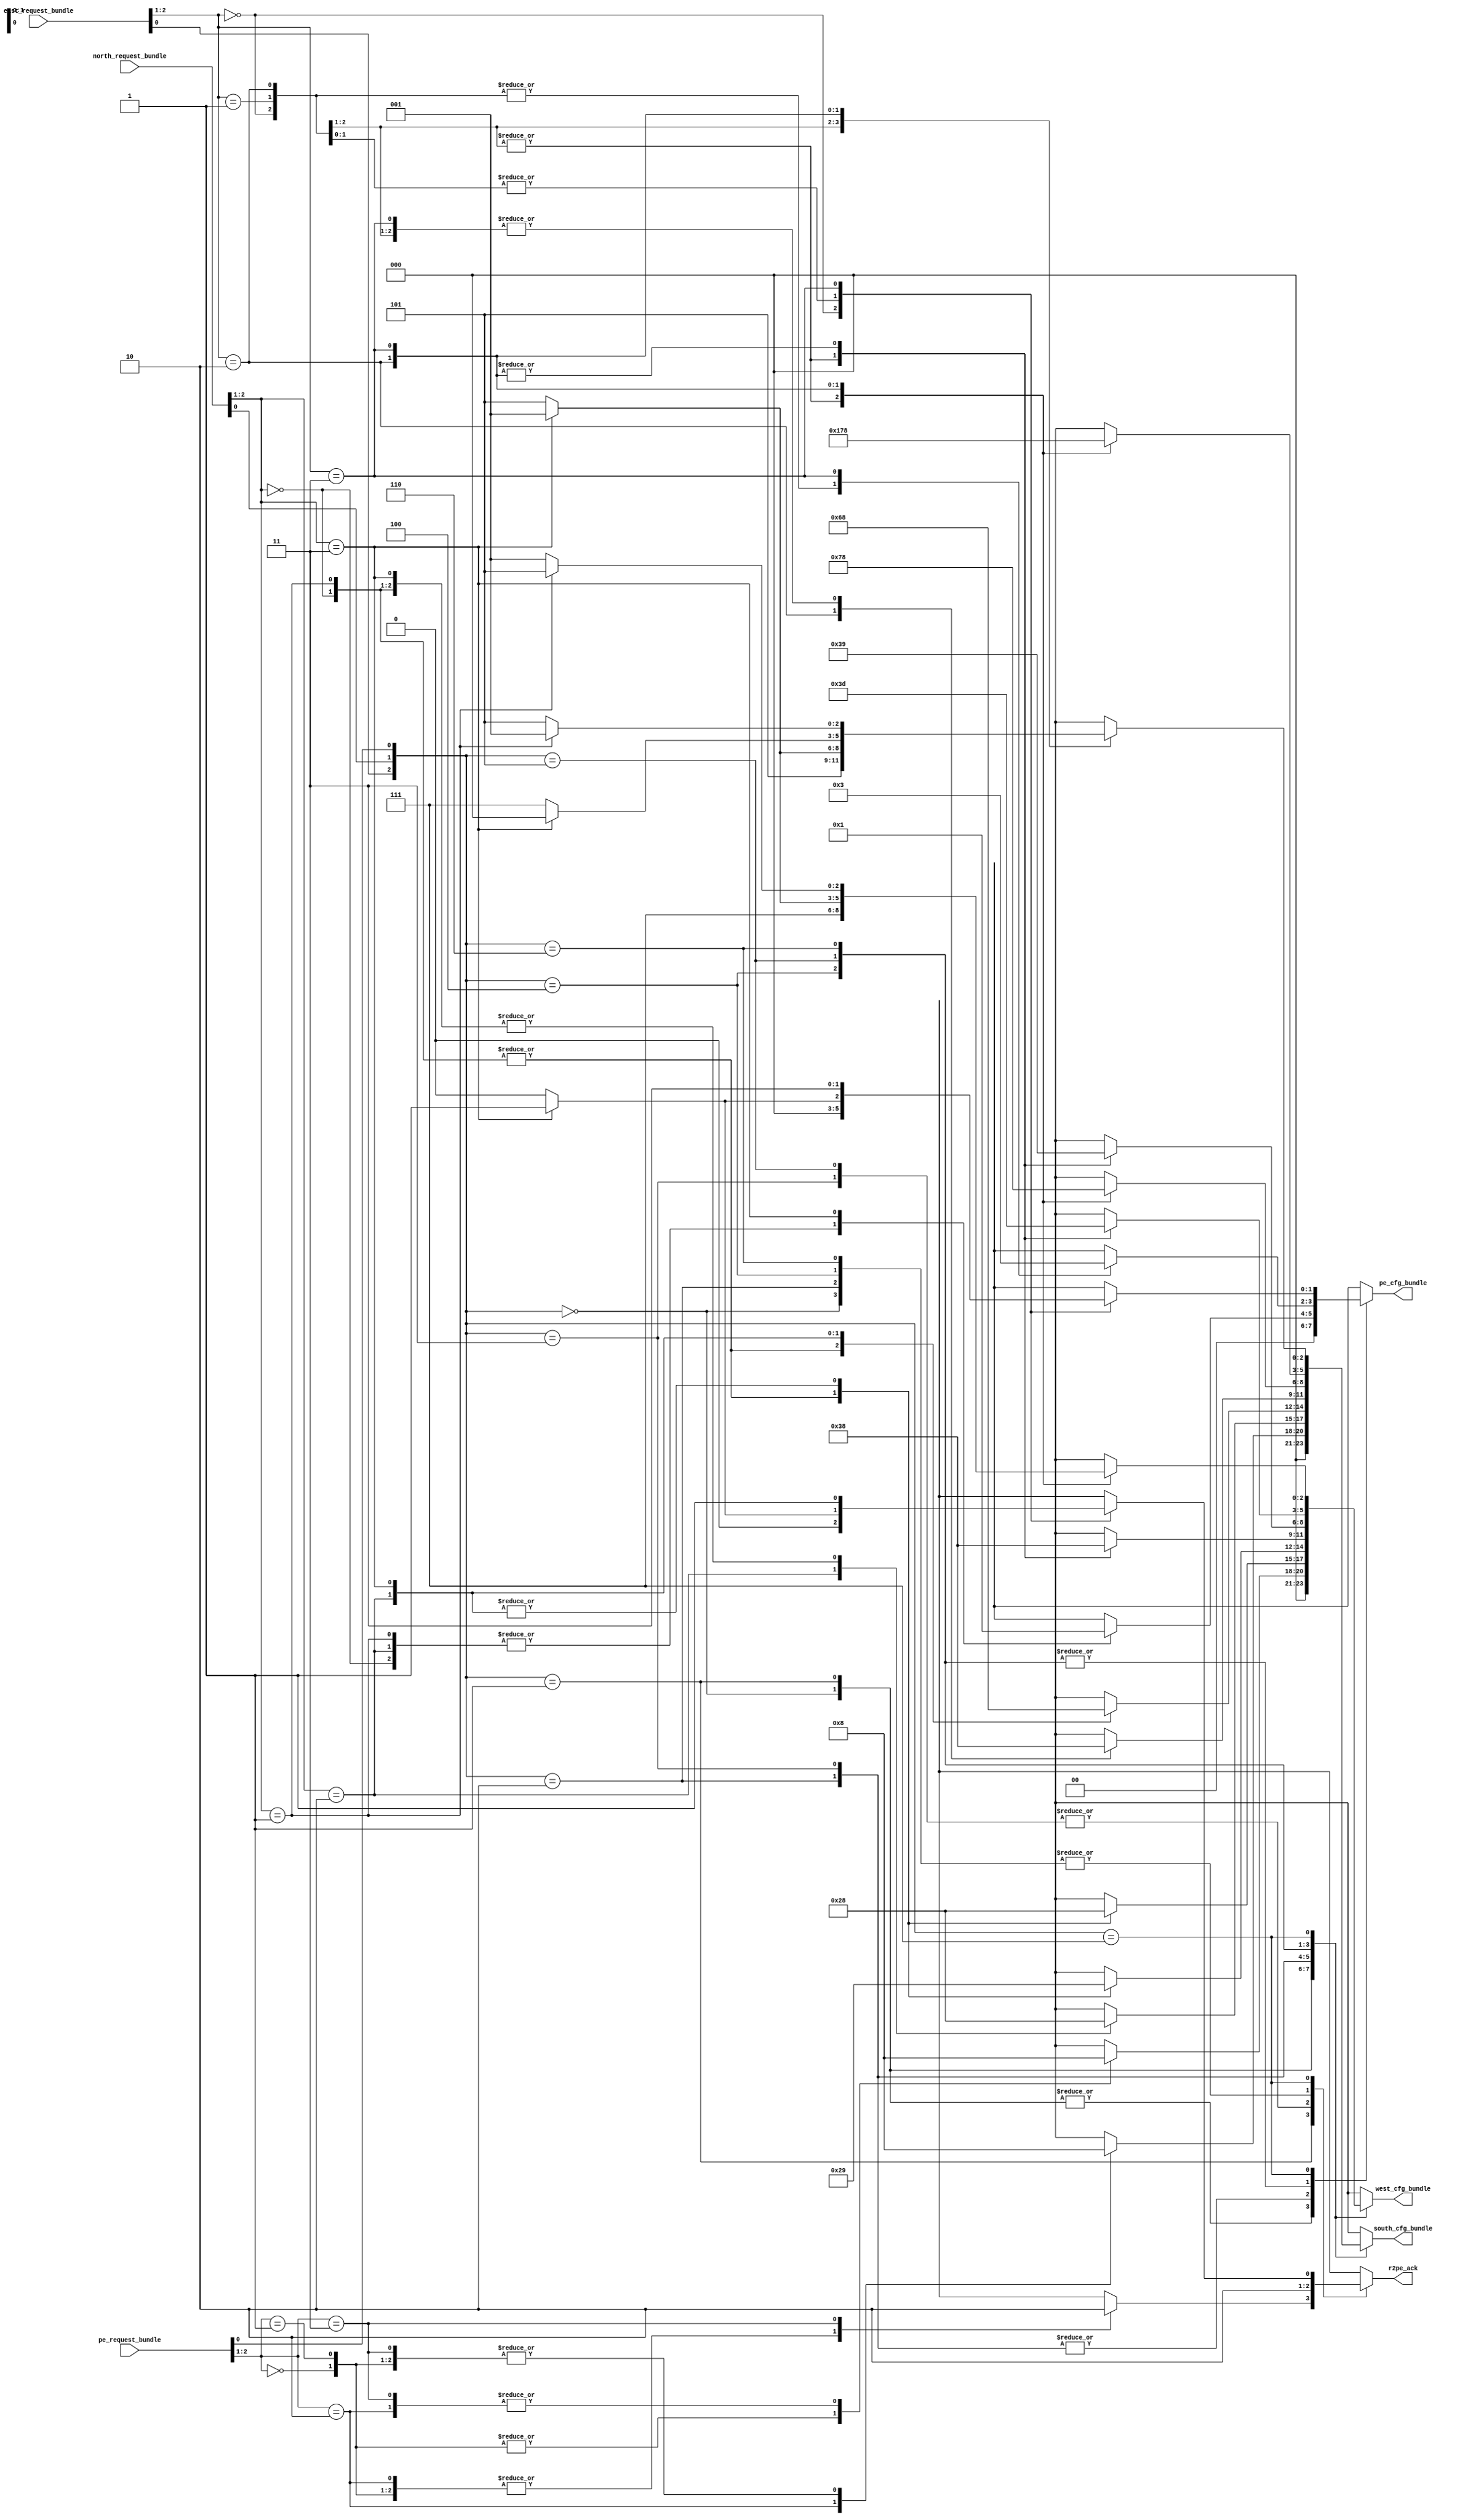
module arbitro (
    input wire [2:0] pe_request_bundle,
    input wire [2:0] north_request_bundle,
    input wire [2:0] east_request_bundle,
    output reg [1:0] pe_cfg_bundle,
    output reg [2:0] south_cfg_bundle,
    output reg [2:0] west_cfg_bundle,
    output reg      r2pe_ack
  );
  localparam  MUX_EAST  = 3'b111;
  localparam  MUX_NORTH = 3'b101;
  localparam  MUX_PE    = 3'b001;
  localparam  MUX_NULL  = 3'b000;
  localparam  PE_NULL   = 2'b00;
  wire [2:0] request_vector;
  assign request_vector = {east_request_bundle[0], north_request_bundle[0], pe_request_bundle[0]};
always @(*)
  begin
  west_cfg_bundle  = MUX_NULL;
  south_cfg_bundle = MUX_NULL;
  pe_cfg_bundle    = PE_NULL;
  r2pe_ack         = 1'b0;
    case (request_vector)
      3'b000: 
        begin
        end
      3'b001: 
        begin
          r2pe_ack = 1'b1;
          case (pe_request_bundle[2:1])
            2'b00:  west_cfg_bundle  = MUX_PE;    
            2'b01:  west_cfg_bundle  = MUX_PE;    
            2'b10:  south_cfg_bundle = MUX_PE;    
            2'b11:
              begin
                r2pe_ack = 1'b0;
                south_cfg_bundle = MUX_NULL;  
              end
          endcase
        end
      3'b010: 
        case (north_request_bundle[2:1])
          2'b00:  west_cfg_bundle  = MUX_NORTH; 
          2'b01:  west_cfg_bundle  = MUX_NORTH; 
          2'b10:  south_cfg_bundle = MUX_NORTH; 
          2'b11:  pe_cfg_bundle    = 2'b01;     
        endcase
      3'b011: 
        begin
          r2pe_ack = 1'b1;
          case (north_request_bundle[2:1])
              2'b00:
                begin
                  west_cfg_bundle  = MUX_NORTH; 
                  south_cfg_bundle = MUX_PE;    
                end
            2'b01:
              begin
                west_cfg_bundle  = MUX_NORTH; 
                south_cfg_bundle = MUX_PE;    
              end
            2'b10:
              begin
                south_cfg_bundle = MUX_NORTH; 
                west_cfg_bundle  = MUX_PE;    
              end
            2'b11:
              begin
                west_cfg_bundle = MUX_PE;    
                pe_cfg_bundle   = 2'b01;     
              end
          endcase
        end
      3'b100: 
        case (east_request_bundle[2:1])
          2'b00:  west_cfg_bundle  = MUX_EAST; 
          2'b01:  west_cfg_bundle  = MUX_EAST; 
          2'b10:  south_cfg_bundle = MUX_EAST; 
          2'b11:  pe_cfg_bundle    = 2'b11;  
        endcase
      3'b101: 
        begin
          r2pe_ack = 1'b1;
          case (east_request_bundle[2:1])
            2'b00:
              begin
                west_cfg_bundle  = MUX_EAST; 
                south_cfg_bundle = MUX_PE;   
              end
            2'b01:
              begin
                west_cfg_bundle  = MUX_EAST; 
                south_cfg_bundle = MUX_PE;   
              end
            2'b10:
              begin
                south_cfg_bundle = MUX_EAST; 
                west_cfg_bundle  = MUX_PE;   
              end
            2'b11:
              begin
                west_cfg_bundle = MUX_PE;  
                pe_cfg_bundle   = 2'b11;   
              end
          endcase
        end
      3'b110: 
        case (east_request_bundle[2:1])
          2'b00:
            begin
              west_cfg_bundle  = MUX_EAST;  
              south_cfg_bundle = MUX_NORTH; 
            end
          2'b01:
            begin
              west_cfg_bundle  = MUX_EAST;  
              south_cfg_bundle = MUX_NORTH; 
            end
          2'b10:
            begin
              south_cfg_bundle = MUX_EAST;  
              west_cfg_bundle  = MUX_NORTH; 
            end
          2'b11:
            begin
              west_cfg_bundle  = MUX_NORTH; 
              pe_cfg_bundle   = 2'b11;      
            end
        endcase
      3'b111: 
        case (east_request_bundle[2:1])
          2'b00:
            begin
              west_cfg_bundle  = MUX_EAST;  
              south_cfg_bundle = MUX_NORTH; 
            end
          2'b01:
            begin
              west_cfg_bundle  = MUX_EAST;  
              if (north_request_bundle[2:1] == 2'b11)
                begin
                  south_cfg_bundle  = MUX_PE; 
                  pe_cfg_bundle     = 2'b01;  
                  r2pe_ack          = 1'b1;
                end
              else
                  south_cfg_bundle = MUX_NORTH; 
            end
          2'b10:
            begin
              west_cfg_bundle  = MUX_NORTH; 
              if (north_request_bundle[2:1] == 2'b11)
                begin
                  west_cfg_bundle = MUX_PE; 
                  pe_cfg_bundle   = 2'b01;  
                  r2pe_ack        = 1'b1;
                end
              else
                south_cfg_bundle = MUX_EAST;  
            end
          2'b11:
            begin
              if (north_request_bundle[2:1] == 2'b01)
                begin
                  west_cfg_bundle  = MUX_NORTH; 
                  south_cfg_bundle = MUX_PE;    
                end
              else
                begin
                  west_cfg_bundle  = MUX_PE;    
                  south_cfg_bundle = MUX_NORTH;  
                end
              pe_cfg_bundle   = 2'b11;      
              r2pe_ack        = 1'b1;
            end
        endcase
    endcase 
  end 
endmodule